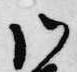
御